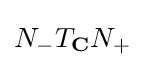
\displaystyle {N_{-}T_{\mathbf {C} }N_{+}}